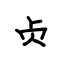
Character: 贞